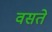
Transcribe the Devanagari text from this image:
वसते